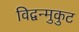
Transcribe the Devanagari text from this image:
विद्वन्मुकुट